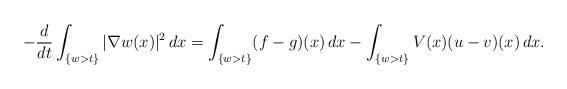
LaTeX: \begin{align*}-\frac{d}{dt}\int_{\{w>t\}}|\nabla w(x)|^2\,dx=\int_{\{w>t\}}(f-g)(x)\,dx-\int_{\{w>t\}}V(x)(u-v)(x)\,dx.\end{align*}